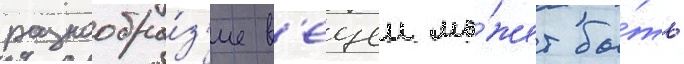
разнообра́з'ие в'ещеи мо́жет бы́ть